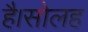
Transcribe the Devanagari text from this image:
है।सोलह